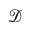
\mathcal { D }